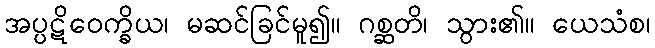
အပ္ပဋိဝေက္ခိယ၊ မဆင်ခြင်မူ၍။ ဂစ္ဆတိ၊ သွား၏။ ယေသံစ၊